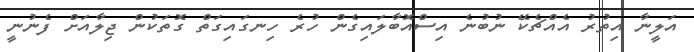
އަލީނާ އިތުރު އެއްޗެކޭ ނުބުނެ އިސްއޮބާލައިގެން ހުރެ ހިނގައިގަތް ގޮތަކުން ޖިލާއަށް ފެނުނީ